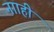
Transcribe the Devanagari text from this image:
नााही